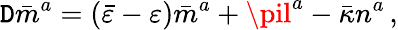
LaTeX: \mathtt{D}{\bar{{m}}}^{a}=({\bar{{\varepsilon}}}-\varepsilon){\bar{{m}}}^{a}+\pil^{a}-{\bar{{\kappa}}}n^{a}\, ,